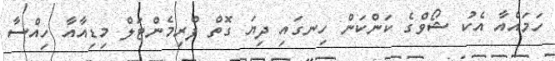
ހަމައެއާ އެކު ޝޯވްގެ ކަންކަން ހިނގައި ދިޔަ ގޮތް ފްރިމެންޓަލް މިޑިއާއާ ހިއްސާ